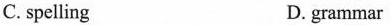
C. spelling D. grammar